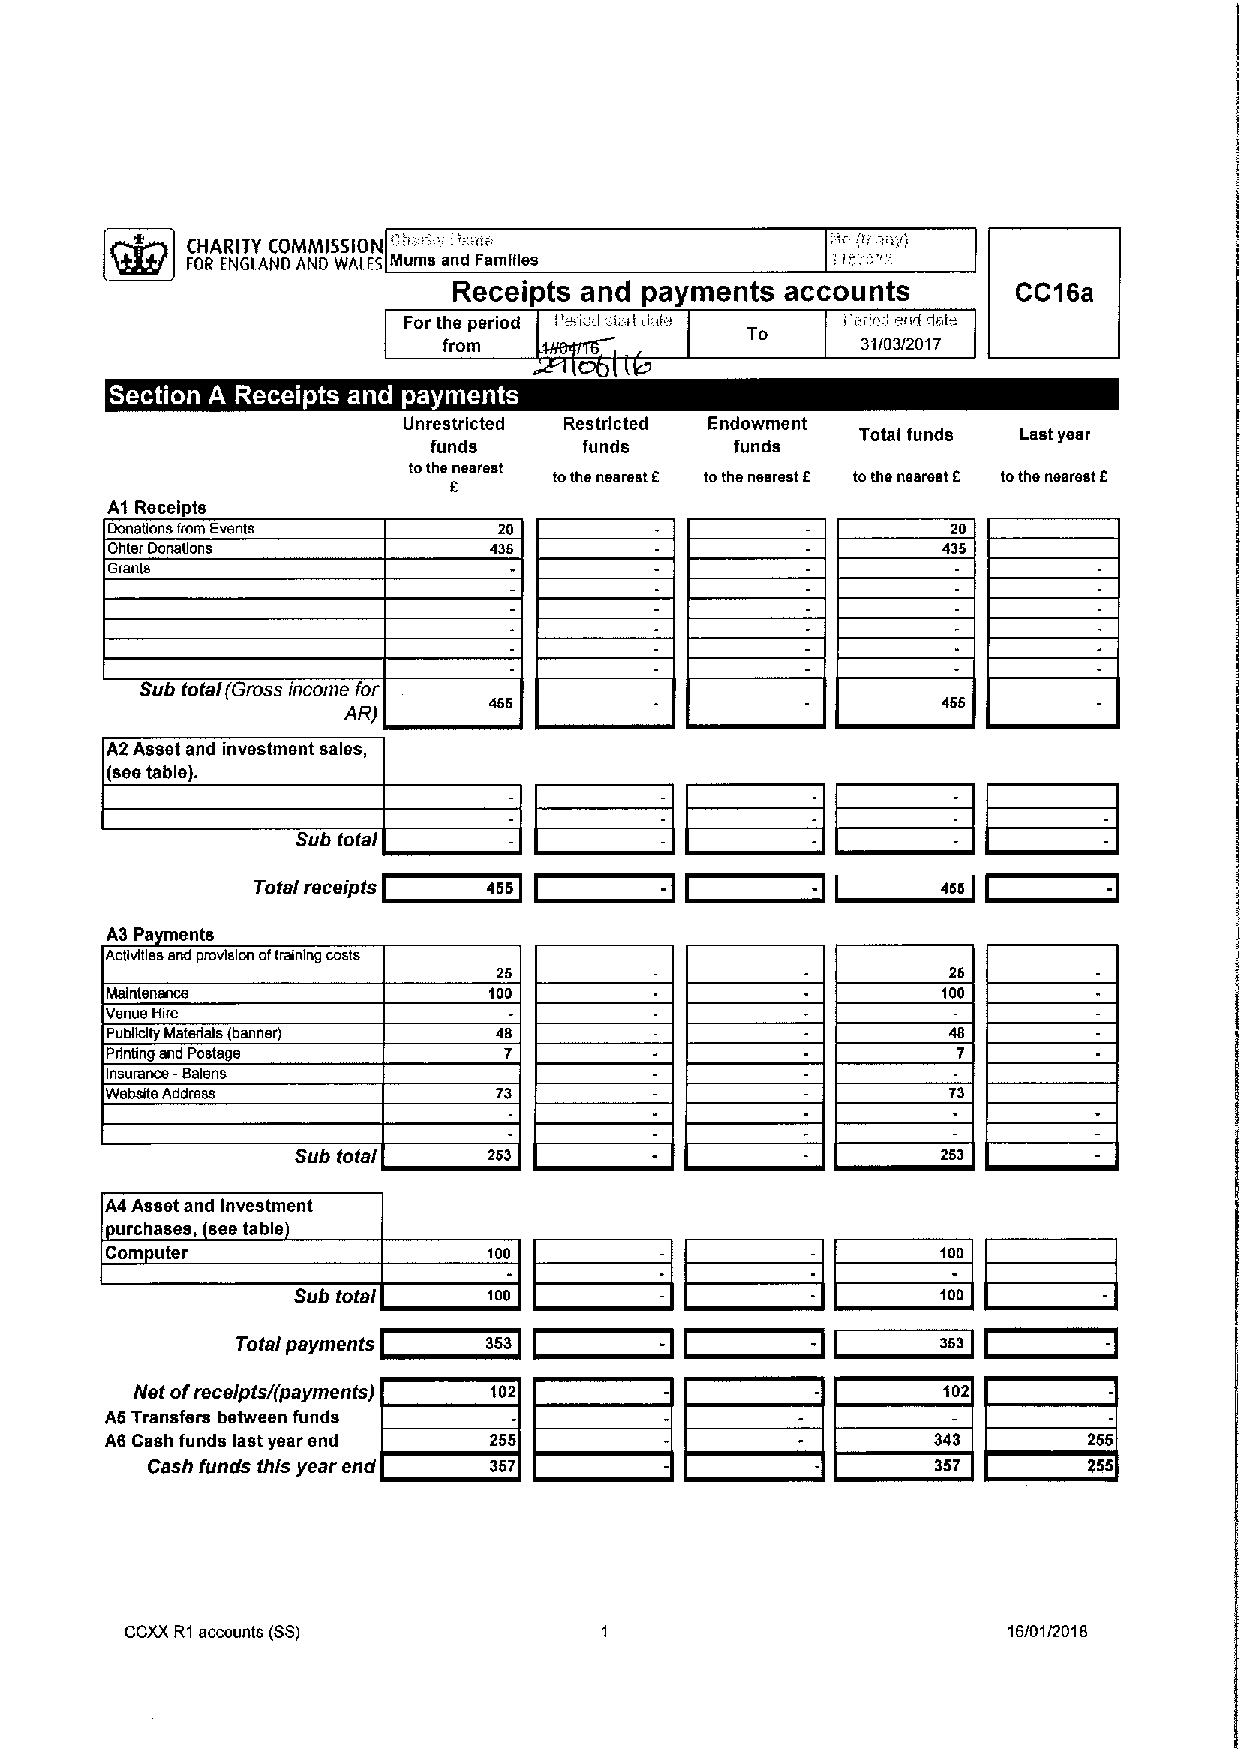
O                    "  '"
 '
 CHARITY COMMISSION ' '' '                    pf ~fv)
 Epics Ef(GLAHp A/(p WALES Mums and Families
 Receipts and payments accounts       CC~ea
 Forthe period Pmiuvl. ,i, rl l,r/0 To Pm fo I olid chile
 from                        31/03/201 7
 ~ v     ~    ~ ~
 Unrestricted Restricted Endowment
 Totalfunds Last year
 funds     funds     funds
 tothe nearest
 tothe nearest E tothe nearest E tothe nearest E tothe nearest E
 E
 A1 Receipts
 DonaUons from Events      20                            20
 Dhler DonaUons           436
 Granls
 Sub total(Gross income for
 AR)
 A2 Asset and investment sales
 (seetable).
 Sub total
 Total receipts 466         -         -       466
 A3 Pa ants
 AcsvlUes and provision oftraining costs
 26                            26
 Maintenance              100                           100
 Venue Hire
 Poblksy Materials (banner) 48
 Prlndng and Postage
 Insurance -Balens
 Webalte Address           73                            73
 Sub total   263                           263
 A4 Asset and Investment
 urchases, see table
 Com uter
 Sub total    100
 Total payments  353         -         -       363
 Net ofreceiptsl(payments) 102                        102
 A6 Transfers between funds
 A6 Cash funds lest year end 255                        343       266
 Cash funds this year end 367                        357       255
 CCXXR1accounts (SS)                                        16/01/2018